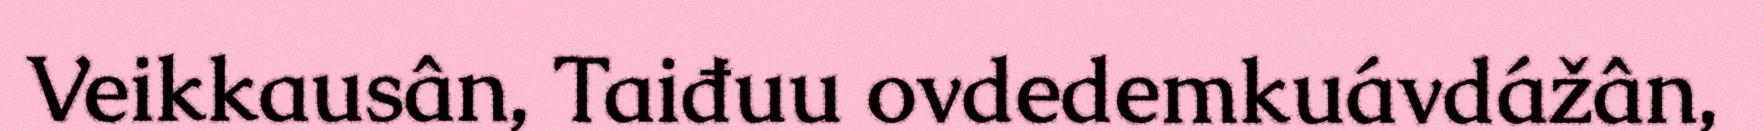
Veikkausân, Taiđuu ovdedemkuávdážân,